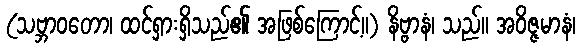
(သဗ္ဘာဝတော၊ ထင်ရှားရှိသည်၏ အဖြစ်ကြောင့်။) နိဗ္ဗာနံ၊ သည်။ အဝိဇ္ဇမာနံ၊